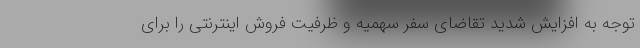
توجه به افزایش شدید تقاضای سفر سهمیه و ظرفیت فروش اینترنتی را برای